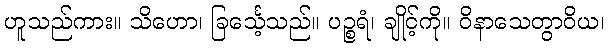
ဟူသည်ကား။ သိဟော၊ ခြင်္သေ့သည်။ ပဉ္စရံ၊ ချိုင့်ကို။ ဝိနာသေတွာဝိယ၊